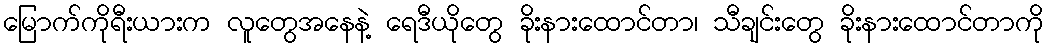
မြောက်ကိုရီးယားက လူတွေအနေနဲ့ ရေဒီယိုတွေ ခိုးနားထောင်တာ၊ သီချင်းတွေ ခိုးနားထောင်တာကို